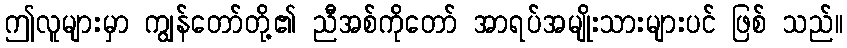
ဤလူများမှာ ကျွန်တော်တို့၏ ညီအစ်ကိုတော် အာရပ်အမျိုးသားများပင် ဖြစ် သည်။